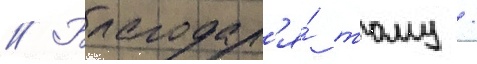
// Благодар'я́ тому /